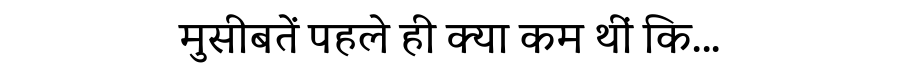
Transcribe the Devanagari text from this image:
मुसीबतें पहले ही क्या कम थीं कि...